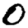
Digit: 0